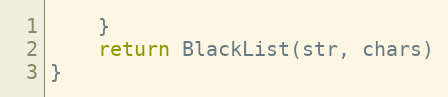
Language: Go
	}
	return BlackList(str, chars)
}